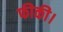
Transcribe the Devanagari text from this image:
फीकी।